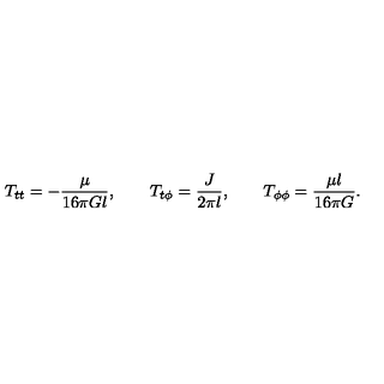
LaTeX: T _ { t t } = - \frac { \mu } { 1 6 \pi G l } , \qquad T _ { t \phi } = \frac { J } { 2 \pi l } , \qquad T _ { \phi \phi } = \frac { \mu l } { 1 6 \pi G } .